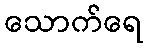
သောက်ရေ